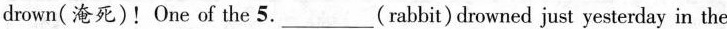
drown(淹死)!One of the 5.___(rabbit)drowned just yesterday in the